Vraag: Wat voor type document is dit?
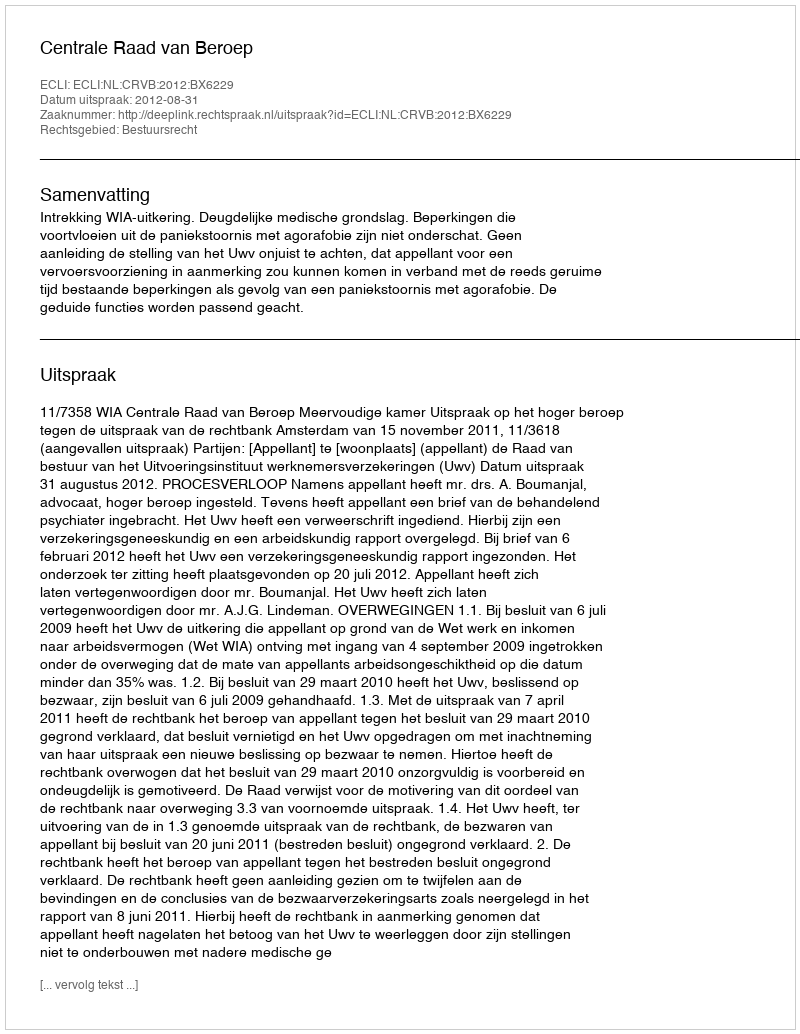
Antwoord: Uitspraak